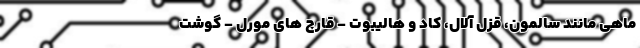
ماهی مانند سالمون، قزل آلال، کاد و هالیبوت - قارچ های مورل - گوشت